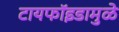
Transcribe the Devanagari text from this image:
टायफॉइडामुळे